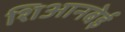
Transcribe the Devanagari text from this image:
शिआनबेई